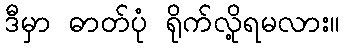
ဒီမှာ ဓာတ်ပုံ ရိုက်လို့ရမလား။